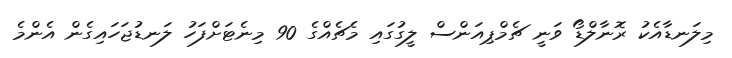
މިލަނޑާއެކު ރޮނާލްޑޯ ވަނީ ޗެމްޕިއަންސް ލީގުގައި މެޗެއްގެ 90 މިނެޓަށްފަހު ލަނޑުޖަހައިގެން އެންމެ